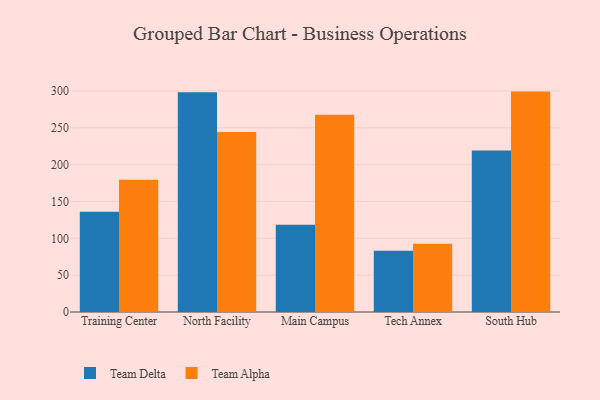
{"axis": {"x": "Campus", "y": "Active Users"}, "legend": ["Team Alpha", "Team Delta"], "data": [{"x": "Training Center", "y": 136.0, "type": "Team Delta"}, {"x": "Training Center", "y": 179.5, "type": "Team Alpha"}, {"x": "North Facility", "y": 298.1, "type": "Team Delta"}, {"x": "North Facility", "y": 244.3, "type": "Team Alpha"}, {"x": "Main Campus", "y": 118.3, "type": "Team Delta"}, {"x": "Main Campus", "y": 267.8, "type": "Team Alpha"}, {"x": "Tech Annex", "y": 83.1, "type": "Team Delta"}, {"x": "Tech Annex", "y": 92.7, "type": "Team Alpha"}, {"x": "South Hub", "y": 219.1, "type": "Team Delta"}, {"x": "South Hub", "y": 299.1, "type": "Team Alpha"}]}